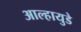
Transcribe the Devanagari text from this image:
आल्हायुडे